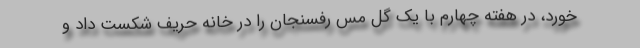
خورد، در هفته چهارم با یک گل مس رفسنجان را در خانه حریف شکست داد و